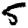
Digit: 5